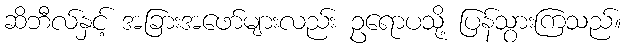
ဆိဘီလ်နှင့် အခြားအဖော်များလည်း ဥရောပသို့ ပြန်သွားကြသည်။